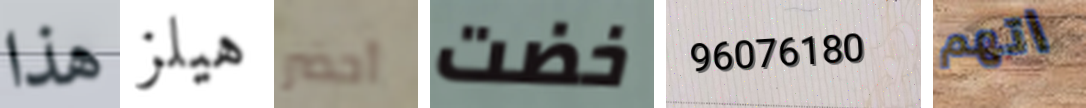
هذا هيلز أحضر خضت 96076180 اتهم